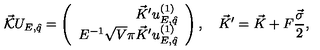
\vec { \cal K } U _ { E , \hat { q } } = \left( \begin{array} { r } { \vec { K } ^ { \prime } u _ { E , \hat { q } } ^ { ( 1 ) } } \\ { E ^ { - 1 } \sqrt { V } \pi \vec { K } ^ { \prime } u _ { E , \hat { q } } ^ { ( 1 ) } } \\ \end{array} \right) , \quad \vec { K } ^ { \prime } = \vec { K } + F \frac { \vec { \sigma } } { 2 } ,